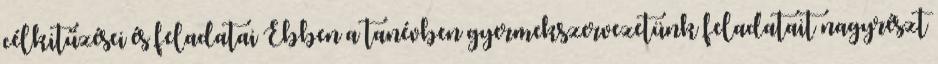
célkitűzései és feladatai Ebben a tanévben gyermekszervezetünk feladatait nagyrészt